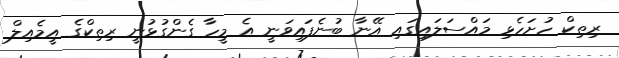
ރިތިކް ހުށަހެޅި މައްސަލައިގައި އޭނާ ބުނެފައިވަނީ އެ މީހާ ގެންގުޅުނީ ރިތިކްގެ އީމެއިލް